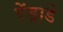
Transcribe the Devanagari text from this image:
ऐंड्राडे